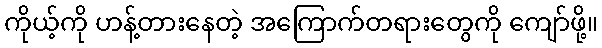
ကိုယ့်ကို ဟန့်တားနေတဲ့ အကြောက်တရားတွေကို ကျော်ဖို့။